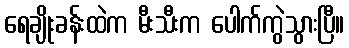
ရေချိုးခန်းထဲက မီးသီးက ပေါက်ကွဲသွားပြီ။